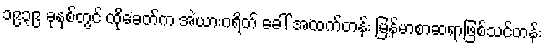
၁၉၃၉ ခုနှစ်တွင် ထိုခေတ်က အဲယားဂရိတ် ခေါ် အထက်တန်း မြန်မာစာဆရာဖြစ်သင်တန်း